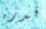
قدرة